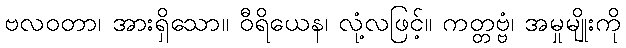
ဗလဝတာ၊ အားရှိသော။ ဝီရိယေန၊ လုံ့လဖြင့်။ ကတ္တဗ္ဗံ၊ အမှုမျိုးကို